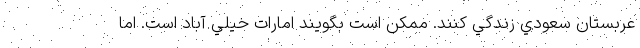
عربستان سعودي زندگي كنند. ممكن است بگويند امارات خيلي آباد است. اما